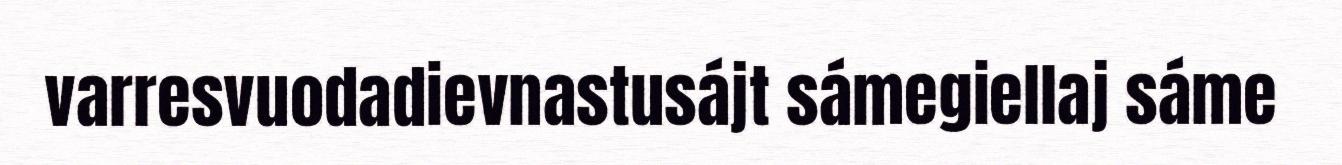
varresvuodadievnastusájt sámegiellaj sáme